Scottish Leaving Certificate Examination, 1956
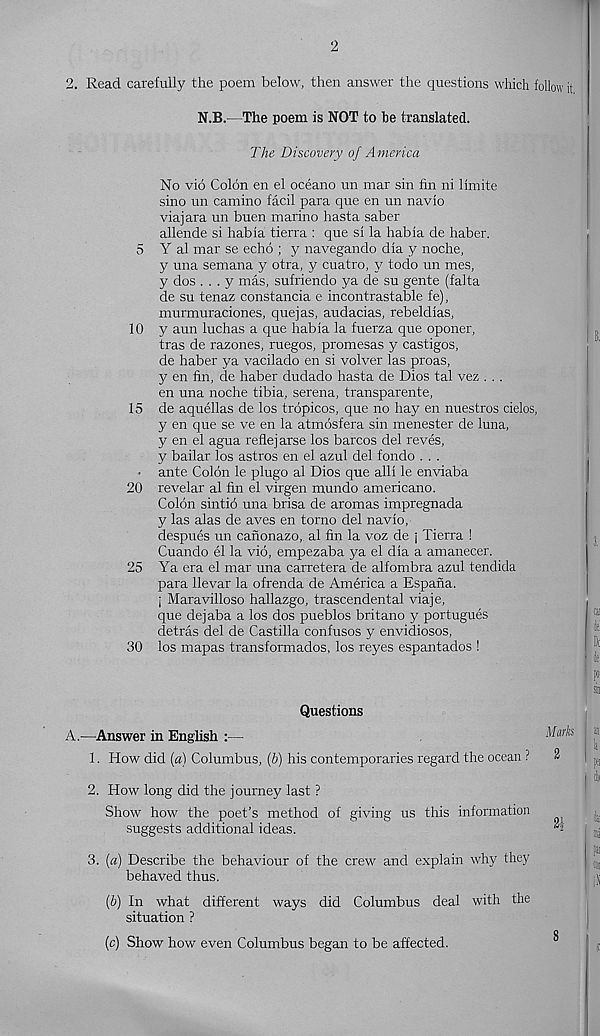
2. Read carefully the poem below, then answer the questions which follow it
N.B.—The poem is NOT to be translated.
The Discovery of America
No vio Colon en el oceano un mar sin fin ni limite
sino un camino facil para que en un navio
viajara un buen marino hasta saber
allende si habia tierra : que si la habia de haber.
5 Y al mar se echo ; y navegando dia y noche,
y una semana y otra, y cuatro, y todo un mes,
y dos . . . y mas, sufriendo ya de su gente (falta
de su tenaz constancia e incontrastable fe),
murmuraciones, quejas, audacias, rebeldias,
10 y aun luchas a que habia la fuerza que oponer,
tras de razones, ruegos, promesas y castigos,
de haber ya vacilado en si volver las proas,
y en fin, de haber dudado hasta de Dios tal vez . . .
en una noche tibia, serena, transparente,
15 de aquellas de los tropicos, que no hay en nuestros cielos,
y en que se ve en la atmosfera sin menester de luna,
y en el agua reflej arse los barcos del reves,
y bailar los astros en el azul del fondo . . .
• ante Colon le plugo al Dios que alii le enviaba
20 revelar al fin el virgen mundo americano.
Colon sintio una brisa de aromas impregnada
y las alas de aves en torno del navio,
despues un canonazo, al fin la voz de j Tierra !
Cuando el la vio, empezaba ya el dia a amanecer.
25 Ya era el mar una carretera de alfombra azul tendida
para llevar la ofrenda de America a Espana.
j Maravilloso hallazgo, trascendental viaje,
que dejaba a los dos pueblos britano y portugues
detras del de Castilla confusos y envidiosos,
30 los mapas transformados, los reyes espantados !
Questions
A.—Answer in English :—
Ma
1. How did [a) Columbus, (&) his contemporaries regard the ocean ?
2
2. How long did the journey last ?
Show how the poet’s method of giving us this information
suggests additional ideas.
•
3. {a) Describe the behaviour of the crew and explain why they
behaved thus.
{h) In what different ways did Columbus deal with the
situation ?
Q
(c) Show how even Columbus began to be affected.